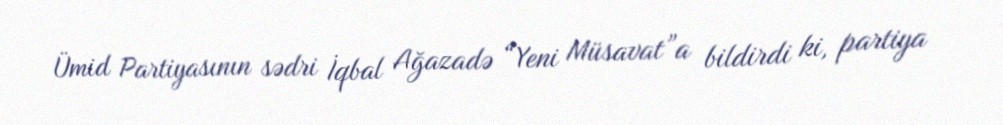
Ümid Partiyasının sədri İqbal Ağazadə “Yeni Müsavat”a bildirdi ki, partiya